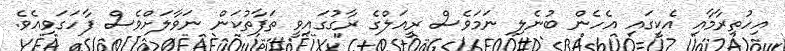
އިހުތިރާމާއި އެކީގައި އެހެން ބުނެލި ނަމަވެސް ރީއަލްގެ ރާގުގައިވީ ތަފާތުކަން ނަވާލަށްވެސް ފާހަގަވިއެވެ.